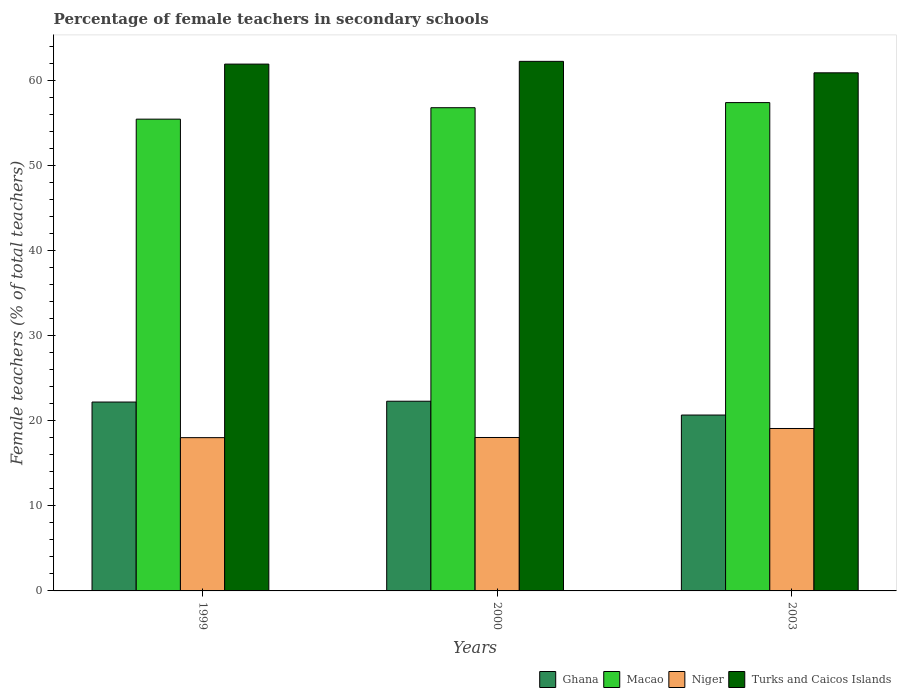
| Years | Ghana | Macao | Niger | Turks and Caicos Islands |
 | --- | --- | --- | --- | --- |
 | 1999 | 22.2 | 55.5 | 18 | 62 |
 | 2000 | 22.3 | 56.9 | 18.1 | 62.3 |
 | 2003 | 20.7 | 57.5 | 19.1 | 61 |